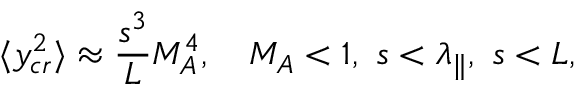
\langle y _ { c r } ^ { 2 } \rangle \approx \frac { s ^ { 3 } } { L } M _ { A } ^ { 4 } , ~ ~ ~ M _ { A } < 1 , ~ s < \lambda _ { \| } , ~ s < L ,